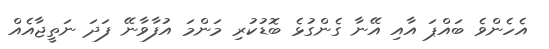
އެހެންވެ ބައްޕަ އާއި އޭނާ ގެންގުޅެ ބޮޑުކުރި މަންމަ އުފާވާނޭ ފަދަ ނަތީޖާއެއް